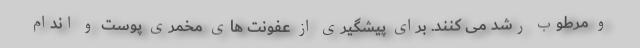
و مرطوب رشد می کنند. برای پیشگیری از عفونت های مخمری پوست و اندام